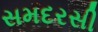
સમદરસી